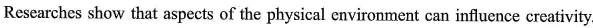
Reseurches show that aspects of the physical environment can influence creativity.